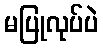
မပြုလုပ်ပဲ